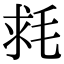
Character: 𣭳